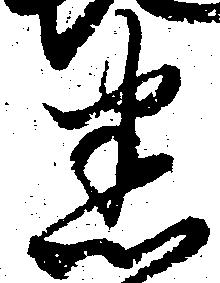
悉